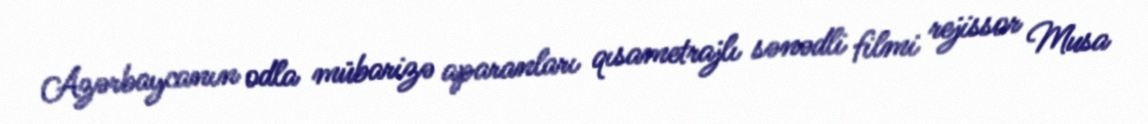
Azərbaycanın odla mübarizə aparanları qısametrajlı sənədli filmi rejissor Musa